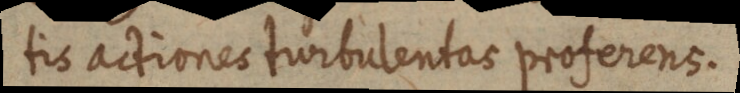
tis actiones turbulentas proferens.